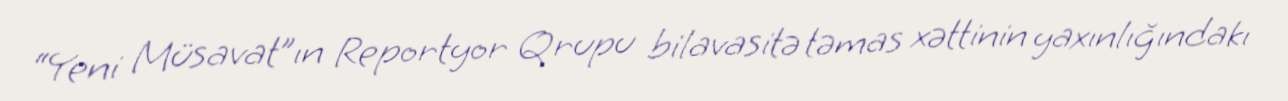
“Yeni Müsavat”ın Reportyor Qrupu bilavasitə təmas xəttinin yaxınlığındakı